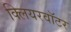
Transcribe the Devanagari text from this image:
क्लियरवॉटर